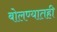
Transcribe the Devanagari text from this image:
बोलण्यातही